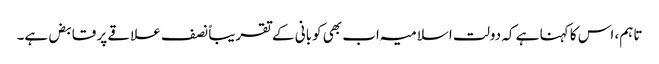
تاہم، اس کا کہنا ہے کہ دولت اسلامیہ اب بھی کوبانی کے تقریباً نصف علاقے پر قابض ہے۔